Vaccination in the Punjab 1905-1918 - 1905-1918
Year: 1905
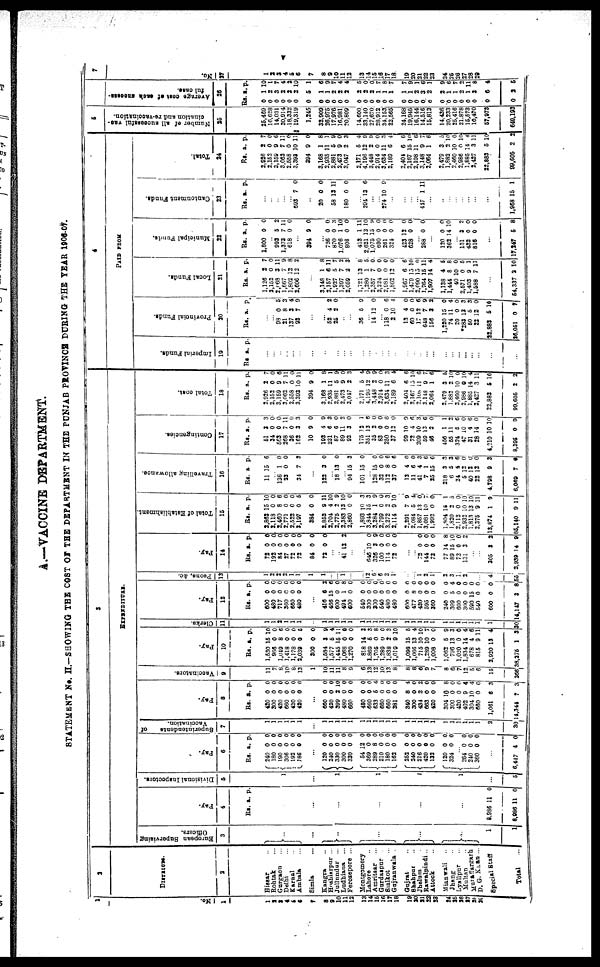
v
A.—VACCINE DEPARTMENT.
STATEMENT No. II.—SHOWING THE COST OF THE DEPARTMENT IN THE PUNJAB PROVINCE DURING THE YEAR 1906-01
1
No.
1
1
2
3 4
5
6
7
8
9
10
11
12
13
14
15
16
17
18
19
20
21
22
23
24
25
26
27
28
29
2
DISRICTS.
2
Hissar ...
Rohtak ...
Gurgaon ...
Delhi ...
Karnal ...
Ambala ...
Simla ...
Kangra ...
Hoshiarpur ...
Jullundur ...
Ludhiana ...
Ferozepore ...
Montgomery
Lahore ...
Amritsar ...
Gurdaspur ...
Sialkot ...
Gujranwala ...
Gujrat ...
Shahpur ...
Jhelum ...
Rawalpindi ..
Attock ...
Mianwali ...
Jhang ...
Lyallpur ...
Multan ...
Muzaffargarh
D. G. Khan ...
Special Staff
Total
...
3
EXPENDITURE.
European Supervising
Officers.
3
...
...
...
...
...
...
1
1
Pay.
4
Rs. a. p.
...
...
...
...
...
8,986
8,986
11
11
0
0
Divisional Inspectors.
5
1
...
1
1
1
1
...
5
Pay.
6
Rs.
240
180
190
306
192
186
a.
0
0
0
0
0
0
p.
0
0
0
0
0
0
...
120
240
330
300
330
54
369
289
210 180
162
252
240
216
420 132
120
324
0
0
0
0
0
12
0
8
0 0
0
0
0
0
0
0
0
0
0
0
0
0
0
0
0
0
0
0
0
0
0
0
0
0
0
0
...
264
240
360
0
0
0
0
0
0
...
6,447 4 0
Superintendents
of
Vaccination.
7
1
1
1
1
1
1
...
1
1
1
1
1
1
1
1
1
1
1
1
1
1
1
1
1
1
1
1
1
1
2
30
Pay.
8
Rs.
420
300
420
560
420
420
a.
0
0
0
0
0
0
p.
0
0
0
0
0
0
...
660
420
399
480
660
480
660
633
660
660
381
340
300
434
663
420
304
300
420
402
304
660
1,061
14,344
0
0
2
0
0
0
0
5
0
0
0
8
0
2
0
0
10
0
0
9
10
0
6
7
0
0
10
0
0
0
0
4
0
0
0
4
0
2
0
0
8
0
0
4
4
0
3
3
Vaccinators.
9
11
7
8
10
8
13
1
10
11
11
8
9
6
13
12
10
13
8
8
8
6
9
7
8
6
7
12
5
6
15
266
Pay.
10
Rs.
1,530
966
1,049
1,418
1,178
2,039
300
1,534
1,577
1,445
1,068
1,270
818
1,869
1,705
1,289
1,838
1,019
1,098
1,066
715
1,289
1,008
1,062
796
1,020
1,834
678
815
2,920
38,275
a.
15
0
8
0
0
0
0
3
5
15
0
0
14
5
0
0
2
9
15
13
10
10
0
5
13
0
14
4
9
13
1
p.
10
0
6
0
0
5
0
9
4
11
0
0
3
3
8
0
3
10
5
4
10
7
0
9
3
0
4
6
11
4
3
Clerks.
11
1
1
2
1
1
1
...
1
1
1
1
1
1
1
1
1
1
1
1
1
1
1
1
1
1
1
1
1
1
1
30
Pay.
12
Rs.
600
480
717
360
560
480
a.
0
0
0
0 0
0
p.
0
0
0
0
0
0
...
416
466
600
494
600
540
300
300
540
480
480
600
477
420
595
360
240
309
600
300
590
540
600
14,147
6
15
0
1
0
0
0
0
0
0
0
0
8
0
0
0
0
5
0
0
15
0
0
3
2
6
0
8
0
0
0
0 0
0
0
0
0
0
0
0
0
4
0
0
0
0
0
8
Peons, &c.
13
1
2
2
2
1
1
1
1
...
...
1
...
...
12
6
5 2
1
...
...
1
2
1
2
3
1
2
...
...
4
55
Pay.
14
Rs.
72
192
84
27
72
72
84
72
a.
0
0
0
0
0
0
0
0
p.
0
0
0
0
0
0
0
0
...
...
41 12 2
...
...
646
326
100
114
72
10
3
0
0
0
0
9
0
0
0
...
...
72
144
72
77
89
72
131
0
0
0
14
15
0
3
0
0
0
8
10
0
7
...
...
305
2,939
3
14
2
9
Total of Establishment.
15
Rs.
2,862
2,118
2,460
2,771
2,522
3,197
384
2,852
2,704
2,775
2,383
2,860
1,893
3,844
3,284
2,799
3,272
2,114
2,291
2,084
1,857
3,081
1,992
1,804
1,820
2,112
2,932
1,813
2,375
13,874
85,140
a.
15
0
8
0
0
0
0
9
4
2
13
0
10
15
1
0
2
9
7
5
13
10
0
15
2
0
10
13
9
1
9
p.
10
0
6
0
0
5
0
11
10
9
10
0
3
3
9
0
3
10
9
4
0
7
0
1
5 0
10
10
11
9
11
Travelling allowance.
16
Rs.
11
a.
15
p.
6
...
136
23
1
0
0
0
...
34 7 3
...
122 3 0
...
18 13 0
...
94
101
15
15
3
0
...
128
32
112
37
13
11
41
7
25
218
6
24
5
40
22
4,798
6,069
15
0
8
0
4
6
4
1
15
3
5
4
12
12
12
9
7
0
0
6
6
0
0
3
6
6
3
3
6
0
0
0
3
0
Contingencies.
17
Rs.
51
34
563
268
36
162
10
193
231
87
89
92
175
351
35
83
250
37
99
72
209
59
46
456
55
324
47
31
28
4,210
8,395
a.
3
0
0
7
0
3
9
4
6
6
11
3
12
13
2
0
0
12
10
4
10
13
2
1
11
5
10
4
14
10
0
p.
3
0
0
11
0
3
0
9
3
0
2 0
1
6
0
0
6
0
9
6
3
6
0
1
2
6
0
6
0
10
9
Total cost.
18
Rs.
2,926
2,152
3,159
3,062
2,558
3,393
394
3,168
2,935
2,881
2,473
3,047
2,171
4,196
3,448
2,914
3,634
2,189
2,404
2,167
2,108
3,148
2,064
2,479
1,882
2,460
2,986
1,885
2,427
22,883
99,605
a.
2
0
9
7
0
10
9
1
11
5
9
2
5
12
2
0
11
6
6
15
11
9
1
3
2
10
0
14
3
5
2
p.
7
0
6
11
0
11
0
8
1
9
0
3
4
9
9
0
3
4
6
10 6 7
1
5
10
0
10
4
11
10
2
4
PAID FROM
Imperial Funds.
19
Rs a. p.
...
...
...
...
...
...
...
...
...
...
...
...
...
...
...
...
...
...
...
...
...
...
...
...
...
...
...
...
...
...
Provincial Funds.
20
Rs. a. p.
...
...
98
21
137
93
0
8
3
7
5
3
4
9
...
...
52
25
4
2
2
0
...
...
36 5 9
...
14 12 0
...
118
2
13
60
17
648
156
1,220
74
20
*283
50
22
22,883
26,051
0
10
4
0
12
7
3
15
11
0
13
5
12
5
0
6
4
0
0
6
9
2
0
4
0
3
3
0
10
7
Local Funds.
21
Rs.
1,126
2,152
2,068
1,667
1,802
2,606
a.
2
0
3
7
12
12
p.
7
0
11
9
8
2
...
3,148
2,157
1,927
1,397
2,059
1,721
1,280
2,357
2,224
2,981
1,832
1,967
1,479
2,090
1,764
1,907
1,138
1,444
40
2,571
1,403
1,588
1
6
5
7
2
13
1
7
0
0
12
6
15
15
15
14
4
8
10
0
9
7
8
11
7
2
3
8
5
0
0
0
0
6
10
0
11
4
5
8
0
5
1
11
...
54,337 2 10
Municipal Funds.
22
Rs.
1,800
a.
0
p.
0
...
993
1,373
618
5
7
0
2
11
0
...
394 9 0
...
726
870
1,076
808
413
2,621
1,075
690
261
324
423
628
0
0
1
0
1
13
15
0 0
0
12
0
0
3
10
0
11
10
9
0 0
0
0
0
...
288 0 0
...
120
362
0
14
0
10
...
131
432
815
3
0
0
2
0
0
...
17,247 5 8
Cantonment Funds.
23
Rs. a. p.
...
...
...
...
...
693 7 0
...
20 0 0
58 13 11
...
180 0 0
...
294 13 6
...
... 274 10 9
...
...
...
...
447 1 11
...
...
...
...
...
...
...
...
1,968 15 1
Total.
24
Rs.
2,926
2,152
3,159
3,062
2,558
3,393
394
3,168
2,935
2,881
2,473 3,047
2,171
4,196
3,448
2,914 3,634
2,189
2,404
2,167
2,108
3,148
2,064
2,479
1,882
2,460
2,986
1,885
2,427
22,883
99,605
a.
2
0
9
7
0
10
9
1
11
5
9 2
5
12
2
11 11
6
6
15
11
9
1
3
2
10
0
14
3
5
2
p.
7
0
6
11
0
11
0
8
1
9
0 3
4
9
9
3 3
4
6
10
6
7
6
5
10
0
10
4
11
10
2
5
Number of all successful vac-
cination and re-vaccination.
25
25,469
16,628
14,031
20,914
18,332
19,319
1,245
32,909
26,975
17,976
16,981
20,809
14,600
33,140
27,670
28,912
34,153
22,565
24,168
19,945
16,144
14,516
15,813
14,436
20,233
25,416
21,878
15,573
10,470
57,973
649,193
Average cost at each success-
ful case.
26
Rs.
0
0
0
0
0
0
0
0
0
0
0
0
0
0
0
0
0
0
0
0
0
0
0
0
0
0
0
0
0
0
0
a.
1
2
3
2
2
2
5
1
1
2
2
2
2
2
2
1
1
1
1
1
2
3
2
2
1
1
2
1
3
6
2
p.
10
1
7
4
2
10
1
6
9
7
4
4
5
0
0
7
8
7
7
9
1
6
1
9
6
7
2
11
8
4
5
7
No.
27
1
2
3
4
5
6
7
8
9
10
11
12
13
14
15
16
17
18
19
20
21
22
23
24
25
26
27
28
29